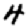
Digit: 4